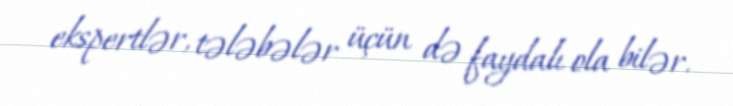
ekspertlər, tələbələr üçün də faydalı ola bilər.